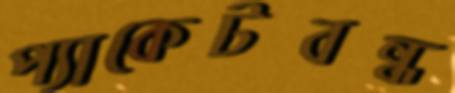
প্যাকেটবন্ধ